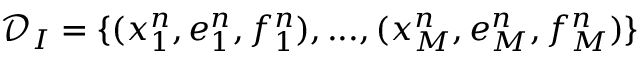
\mathcal { D } _ { I } = \{ ( x _ { 1 } ^ { n } , e _ { 1 } ^ { n } , f _ { 1 } ^ { n } ) , . . . , ( x _ { M } ^ { n } , e _ { M } ^ { n } , f _ { M } ^ { n } ) \}